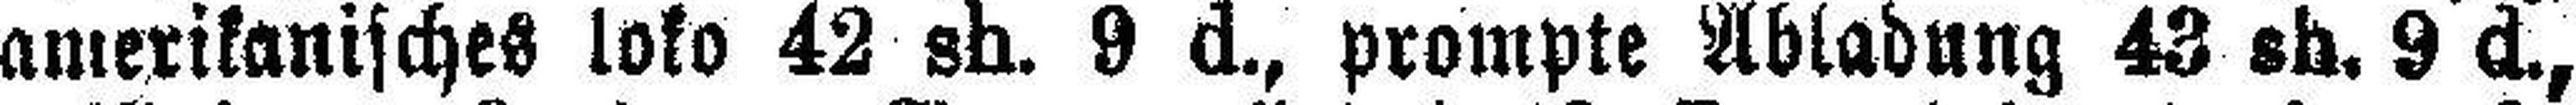
amerikanisches loko 42 sh. 9 d., prompte Abladung 43 sh. 9 d.,